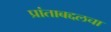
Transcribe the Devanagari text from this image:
प्रांताबद्दलचा